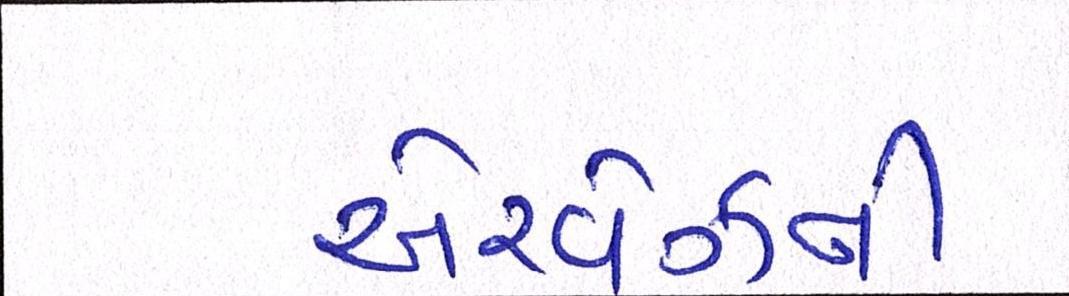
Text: એરવેઝની